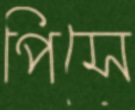
পিসে